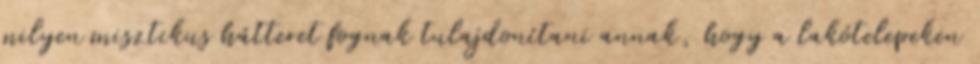
milyen misztikus hátteret fognak tulajdonítani annak, hogy a lakótelepeken